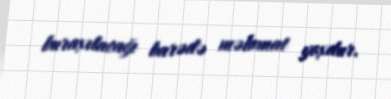
buraxılacağı barədə məlumat yoxdur.